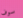
سوف